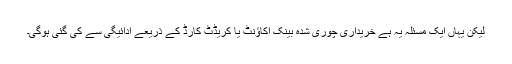
لیکن یہاں ایک مسئلہ یہ ہے خریداری چوری شدہ بینک اکاؤنٹ یا کریڈٹ کارڈ کے ذریعے ادائیگی سے کی گئی ہوگی۔